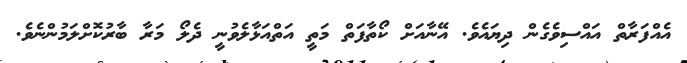
އެއްފަރާތް އައްސިވެގެން ދިޔައެވެ. އޭނާއަށް ކޯތާފަތް މަތީ އަތްއަޅާލެވުނީ ދެލޯ މަރާ ބާރުކޮށްލަމުންނެވެ.